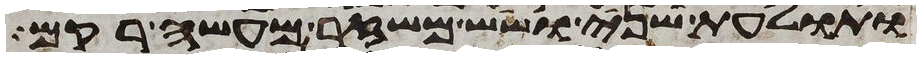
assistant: ותולעת שני ושש משזר מעשה רקם